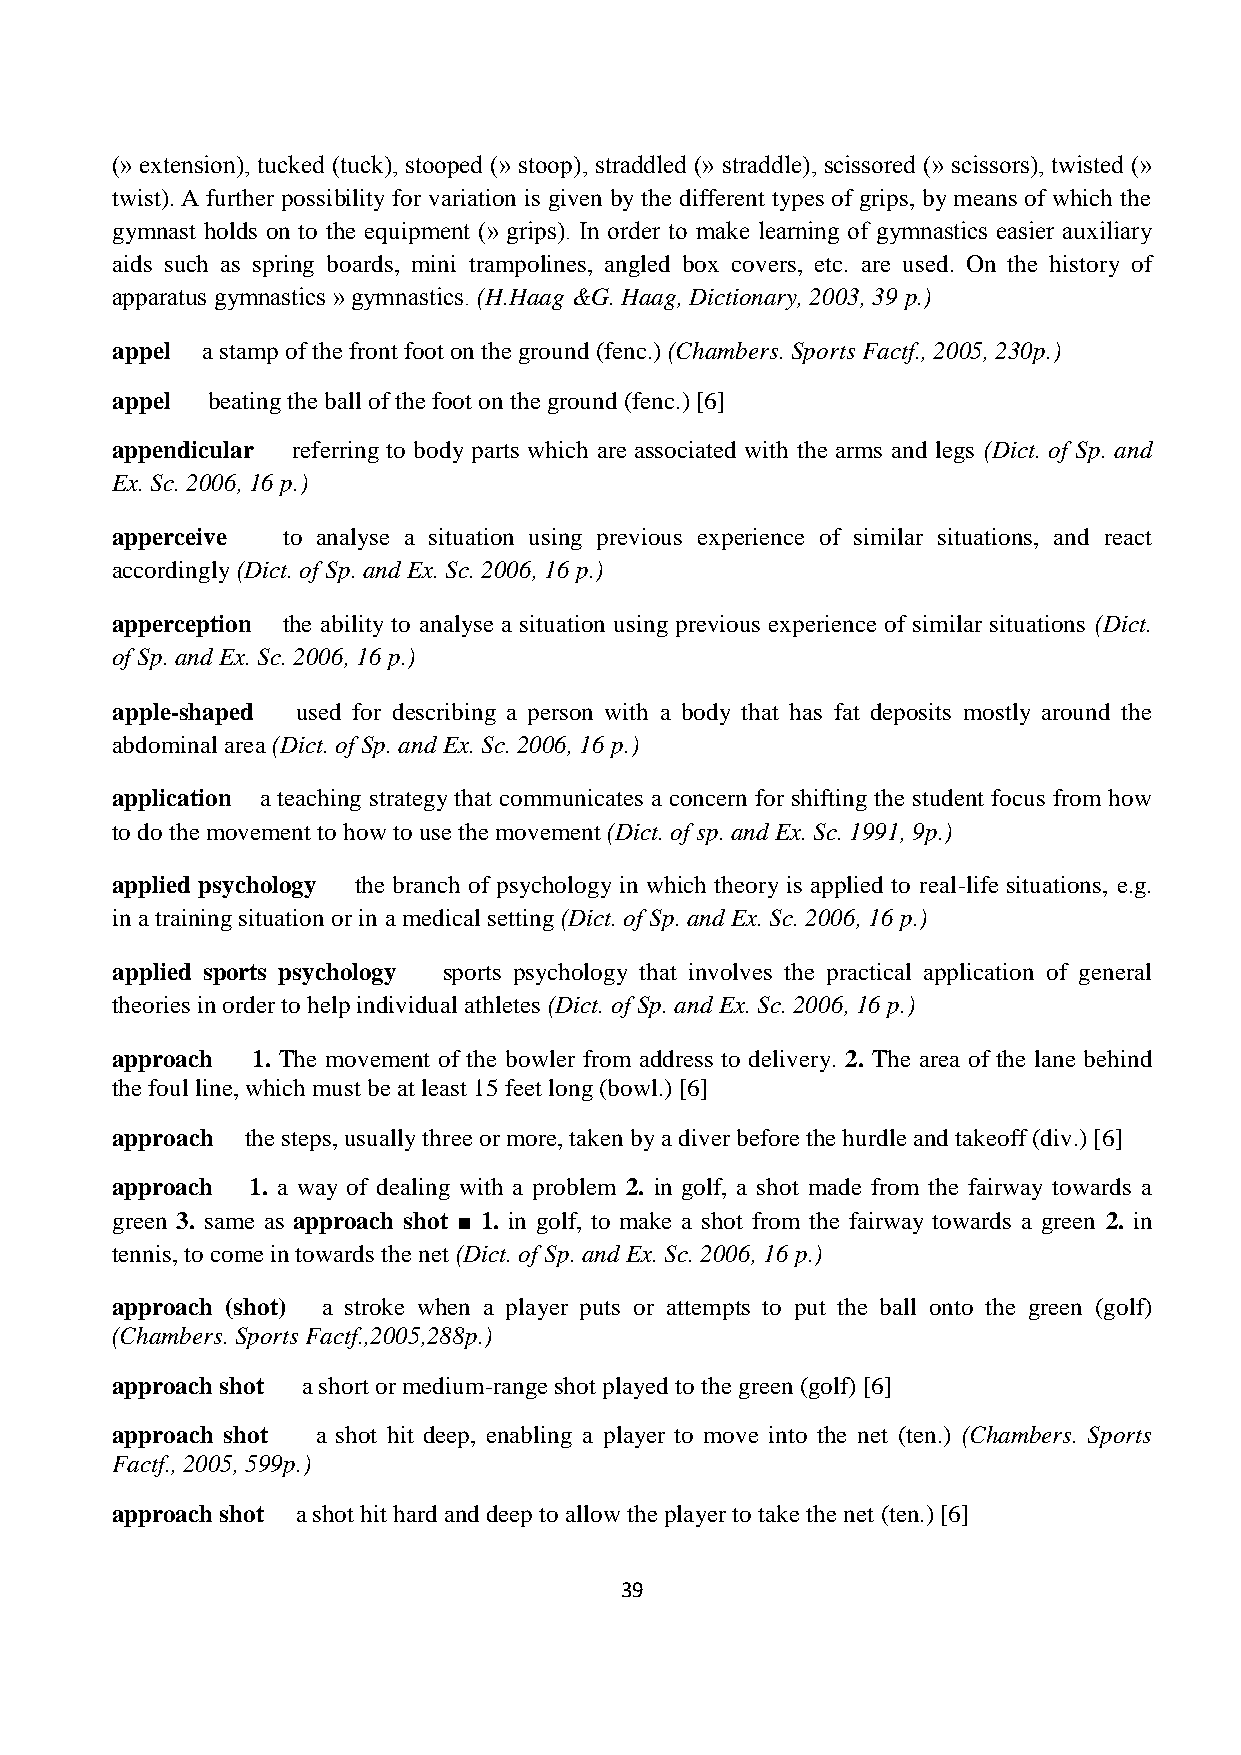
(» extension), tucked (tuck), stooped (» stoop), straddled (» straddle), scissored (» scissors), twisted (»
 twist). A further possibility for variation is given by the different types of grips, by means of which the
 gymnast holds on to the equipment (» grips). In order to make learning of gymnastics easier auxiliary
 aids such as spring boards, mini trampolines, angled box covers, etc. are used. On the history of
 apparatus gymnastics » gymnastics. (H.Haag &G. Haag, Dictionary, 2003, 39 p.)
 appel a stamp of the front foot on the ground (fenc.) (Chambers. Sports Factf., 2005, 230p.)
 appel  beating the ball of the foot on the ground (fenc.) [6]
 appendicular referring to body parts which are associated with the arms and legs (Dict. of Sp. and
 Ex. Sc. 2006, 16 p.)
 apperceive  to analyse a situation using previous experience of similar situations, and react
 accordingly (Dict. of Sp. and Ex. Sc. 2006, 16 p.)
 apperception the ability to analyse a situation using previous experience of similar situations (Dict.
 of Sp. and Ex. Sc. 2006, 16 p.)
 apple-shaped used for describing a person with a body that has fat deposits mostly around the
 abdominal area (Dict. of Sp. and Ex. Sc. 2006, 16 p.)
 application a teaching strategy that communicates a concern for shifting the student focus from how
 to do the movement to how to use the movement (Dict. of sp. and Ex. Sc. 1991, 9p.)
 applied psychology the branch of psychology in which theory is applied to real-life situations, e.g.
 in a training situation or in a medical setting (Dict. of Sp. and Ex. Sc. 2006, 16 p.)
 applied sports psychology sports psychology that involves the practical application of general
 theories in order to help individual athletes (Dict. of Sp. and Ex. Sc. 2006, 16 p.)
 approach  1. The movement of the bowler from address to delivery. 2. The area of the lane behind
 the foul line, which must be at least 15 feet long (bowl.) [6]
 approach the steps, usually three or more, taken by a diver before the hurdle and takeoff (div.) [6]
 approach  1. a way of dealing with a problem 2. in golf, a shot made from the fairway towards a
 green 3. same as approach shot ■ 1. in golf, to make a shot from the fairway towards a green 2. in
 tennis, to come in towards the net (Dict. of Sp. and Ex. Sc. 2006, 16 p.)
 approach (shot) a stroke when a player puts or attempts to put the ball onto the green (golf)
 (Chambers. Sports Factf.,2005,288p.)
 approach shot a short or medium-range shot played to the green (golf) [6]
 approach shot a shot hit deep, enabling a player to move into the net (ten.) (Chambers. Sports
 Factf., 2005, 599p.)
 approach shot a shot hit hard and deep to allow the player to take the net (ten.) [6]
 39